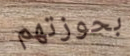
بحوزتهم